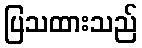
ပြသထားသည်